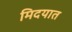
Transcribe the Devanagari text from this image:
मिदयात